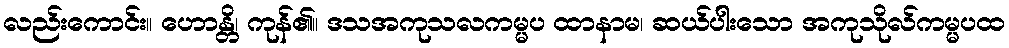
လည်းကောင်း။ ဟောန္တိ၊ ကုန်၏။ ဒသအကုသလကမ္မပ ထာနာမ၊ ဆယ်ပါးသော အကုသိုလ်ကမ္မပထ